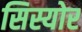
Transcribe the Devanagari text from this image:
सिस्योर